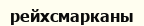
рейхсмарканы